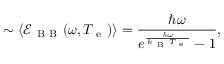
\sim \langle \mathcal { E } _ { \mathrm { ~ B ~ B ~ } } ( \omega , T _ { \mathrm { ~ e ~ } } ) \rangle = \frac { \hbar \omega } { e ^ { \frac { \hbar \omega } { k _ { \mathrm { ~ B ~ } } T _ { \mathrm { ~ e ~ } } } } - 1 } ,